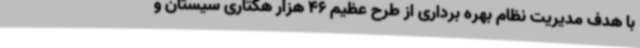
با هدف مدیریت نظام بهره برداری از طرح عظیم 46 هزار هکتاری سیستان و